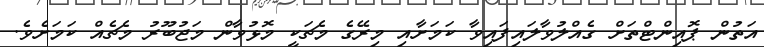
އަތުން ޕޮއިންޓްތަށް ގެއްލުވާލައިފައިވާ ކަމަށާއި މިރޭގެ މެޗަކީ މޮޅުވާން މަޖުބޫރު މެޗެއް ކަމަށެވެ.